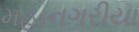
મહાનગરીયા